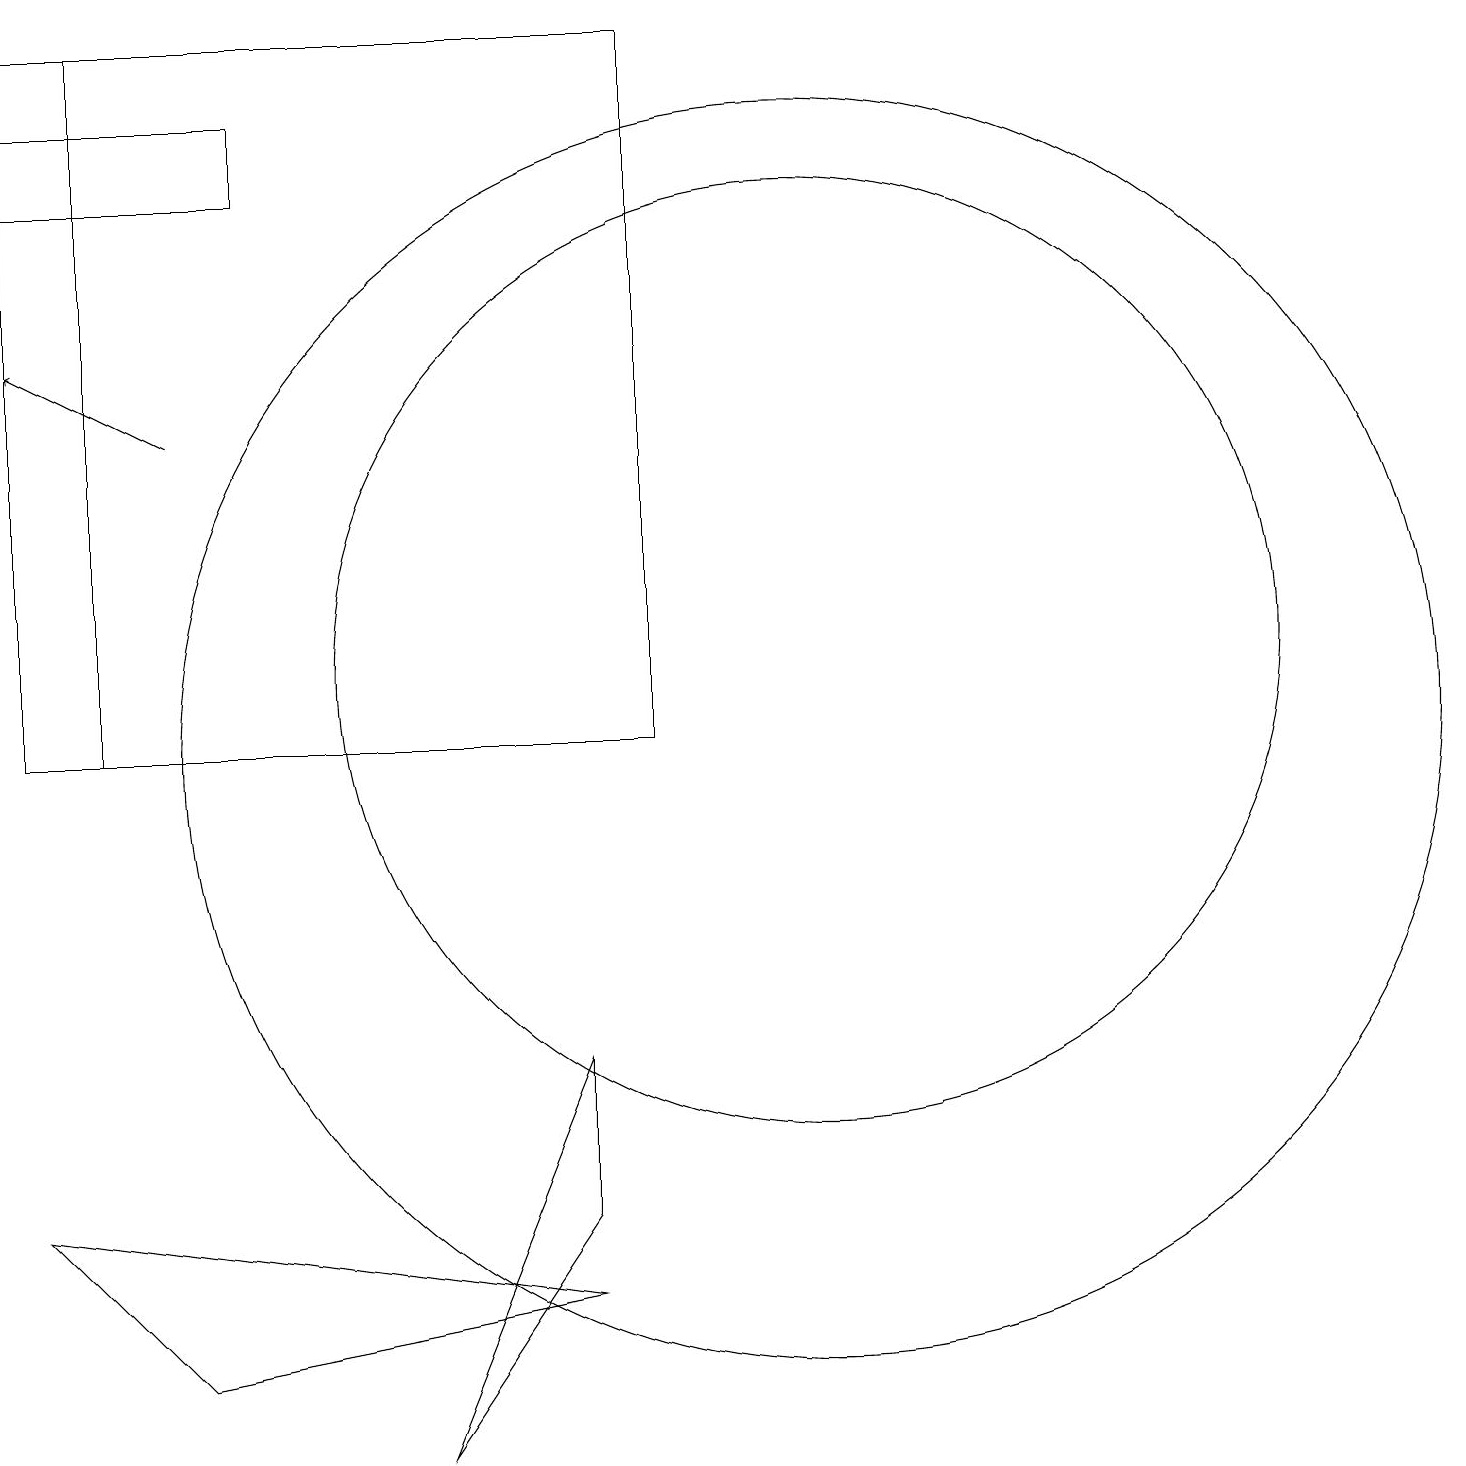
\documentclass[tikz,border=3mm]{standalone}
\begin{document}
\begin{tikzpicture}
\draw (11,10) circle (8);
\draw (3,2) -- (8,3) -- (1,4) -- cycle;
\draw (2,10) rectangle (9,19);
\draw (8,4) -- (6,1) -- (8,6) -- cycle;
\draw (11,11) circle (6);
\draw (1,18) rectangle (4,17);
\draw[->] (3,14) -- (1,15);
\draw (1,10) rectangle (9,19);
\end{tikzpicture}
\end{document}